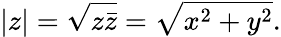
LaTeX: |z|={\sqrt{z{\bar{z}}}}={\sqrt{x^{2}+y^{2}}}.